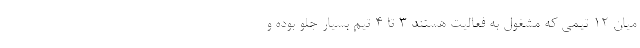
میان ۱۲ تیمی که مشغول به فعالیت هستند ۳ تا ۴ تیم بسیار جلو بوده و